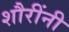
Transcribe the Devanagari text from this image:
शौरींनी